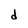
Character: d